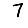
Digit: 7